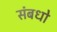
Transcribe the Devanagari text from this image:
संबधो